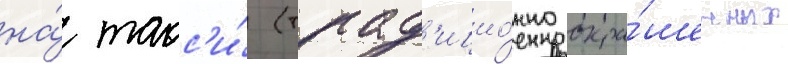
на́ такс'и́ (трад'ицио́нно окра́шенных